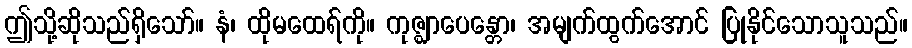
ဤသို့ဆိုသည်ရှိသော်။ နံ၊ ထိုမထေရ်ကို။ ကုဇ္ဈာပေန္တော၊ အမျက်ထွက်အောင် ပြုနိုင်သောသူသည်။